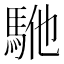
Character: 𱄕